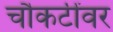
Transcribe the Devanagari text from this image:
चौकटींवर